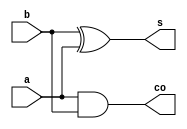
/*
 * Generated by Digital. Don't modify this file!
 * Any changes will be lost if this file is regenerated.
 */

module semiSumador (
  input a,
  input b,
  output co,
  output s
);
  assign co = (a & b);
  assign s = (b ^ a);
endmodule

module sumadorCompleto (
  input cin,
  input b,
  input a,
  output s,
  output co
);
  wire s0;
  wire s1;
  wire s2;
  semiSumador semiSumador_i0 (
    .a( a ),
    .b( b ),
    .co( s0 ),
    .s( s1 )
  );
  semiSumador semiSumador_i1 (
    .a( s1 ),
    .b( cin ),
    .co( s2 ),
    .s( s )
  );
  assign co = (s0 | s2);
endmodule